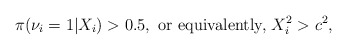
\begin{align*} \pi(\nu_i=1|X_i)> 0.5, \mbox{ or equivalently, } X_i^2 > c^2, \end{align*}